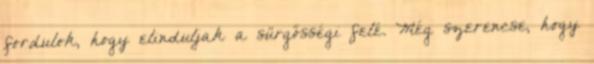
fordulok, hogy elinduljak a sürgősségi felé. Még szerencse, hogy